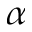
\alpha